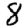
Digit: 8